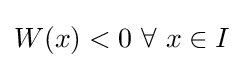
W(x)<0{\mbox{ }}\forall {\mbox{ }}x\in I